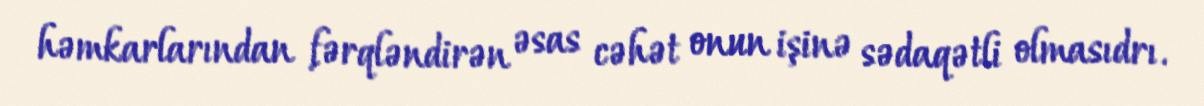
həmkarlarından fərqləndirən əsas cəhət onun işinə sədaqətli olmasıdrı.